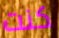
كنت